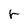
Character: r